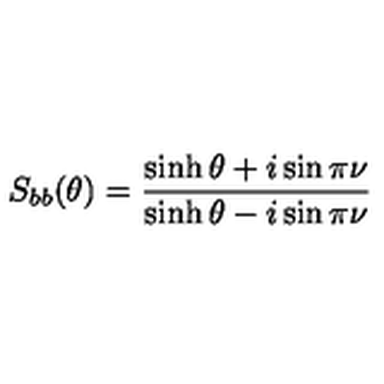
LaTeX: S _ { b b } ( \theta ) = \frac { \sinh \theta + i \sin \pi \nu } { \sinh \theta - i \sin \pi \nu }